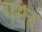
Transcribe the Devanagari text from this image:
गमर